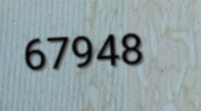
67948